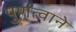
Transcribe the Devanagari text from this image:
पुर्णत्वाने